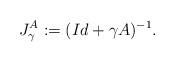
LaTeX: \begin{align*}J^A_\gamma:=(Id+\gamma A)^{-1}.\end{align*}